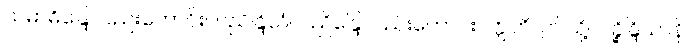
သမာဓိန္ဒြေလည်းကောင်း။ ပညိန္ဒြိယံ၊ ပညိန္ဒြေလည်းကောင်း။ ဣတိ၊ ဤသို့။ ပဉ္စိန္ဒြိယာနိ၊